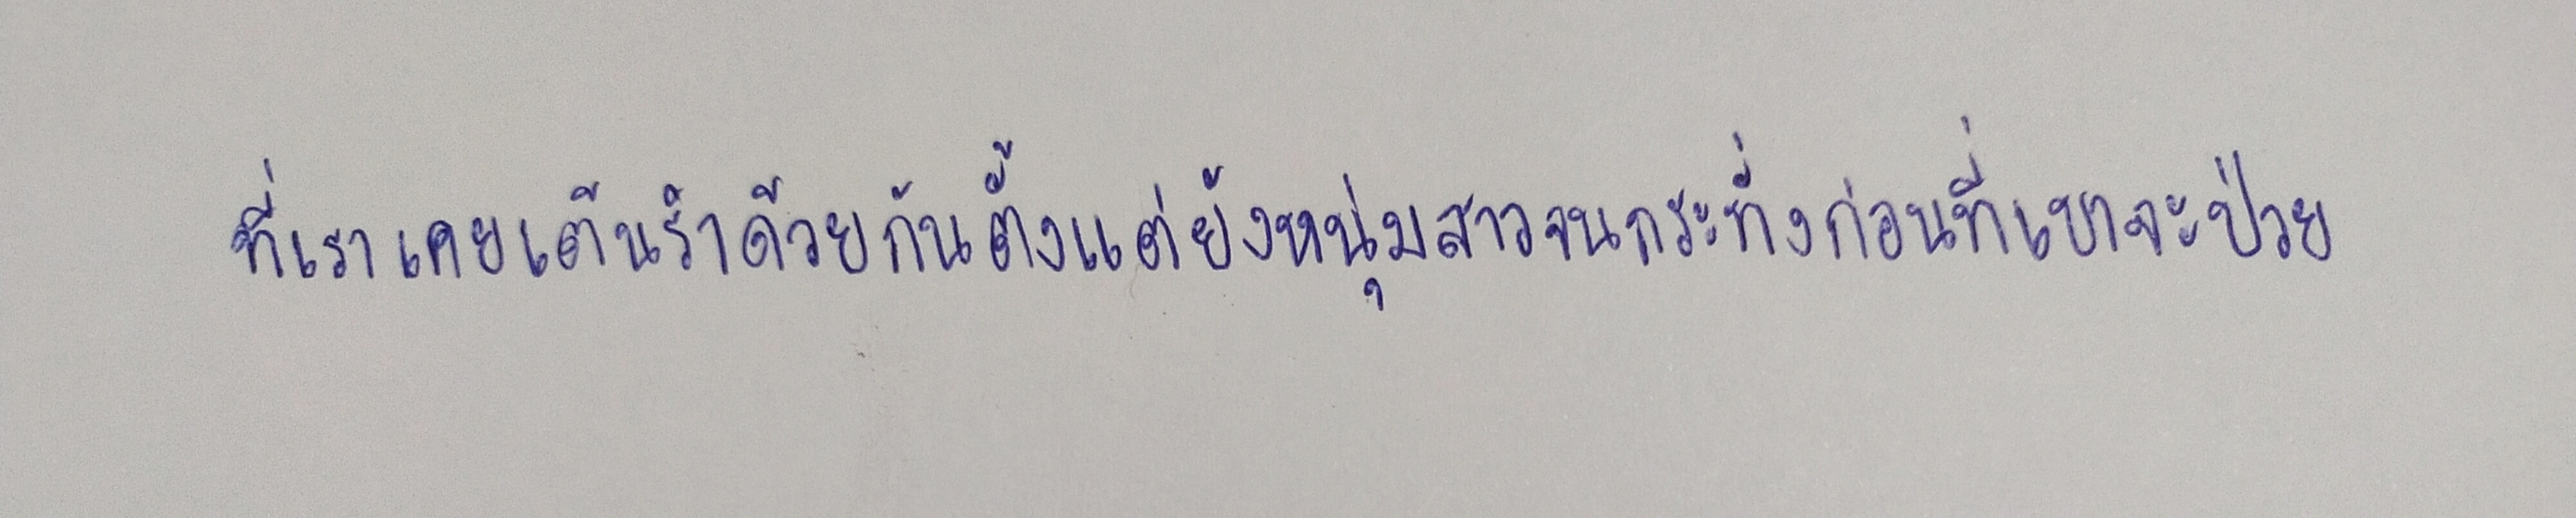
ที่เราเคยเต้นรำด้วยกันตั้งแต่ยังหนุ่มสาวจนกระทั่งก่อนที่เขาจะป่วย